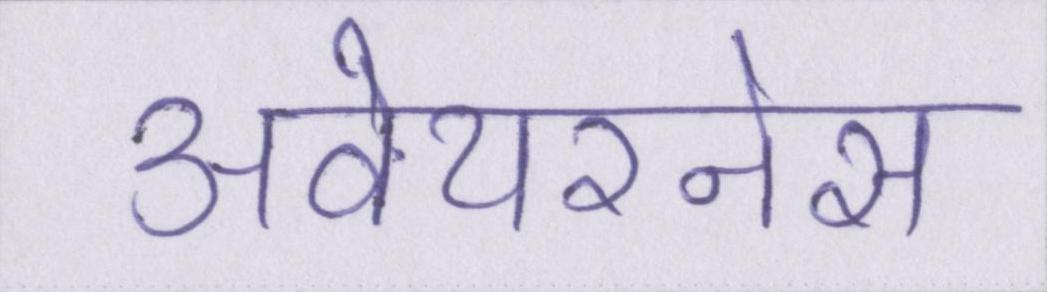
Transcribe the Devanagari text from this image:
अवेयरनेस